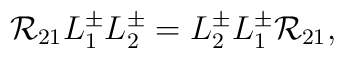
{\cal R}_{21}L^{\pm}_1L^{\pm}_2=L^{\pm}_2L^{\pm}_1{\cal R}_{21},